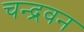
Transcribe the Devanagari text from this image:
चन्द्रवन